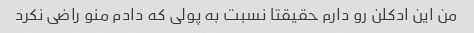
من این ادکلن رو دارم حقیقتا نسبت به پولی که دادم منو راضی نکرد